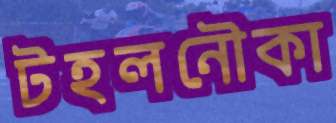
টহলনৌকা